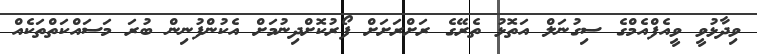
ވިދާޅުވީ ވީއެފްއެމްގެ ސިގުނަލް އަތޮޅު ތެރޭގެ ރަށްރަށަށް ފޯރުކޮށްދިނުމަށް އެކުންފުނިން ބުރަ މަސައްކަތްތަކެއް